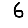
Digit: 6